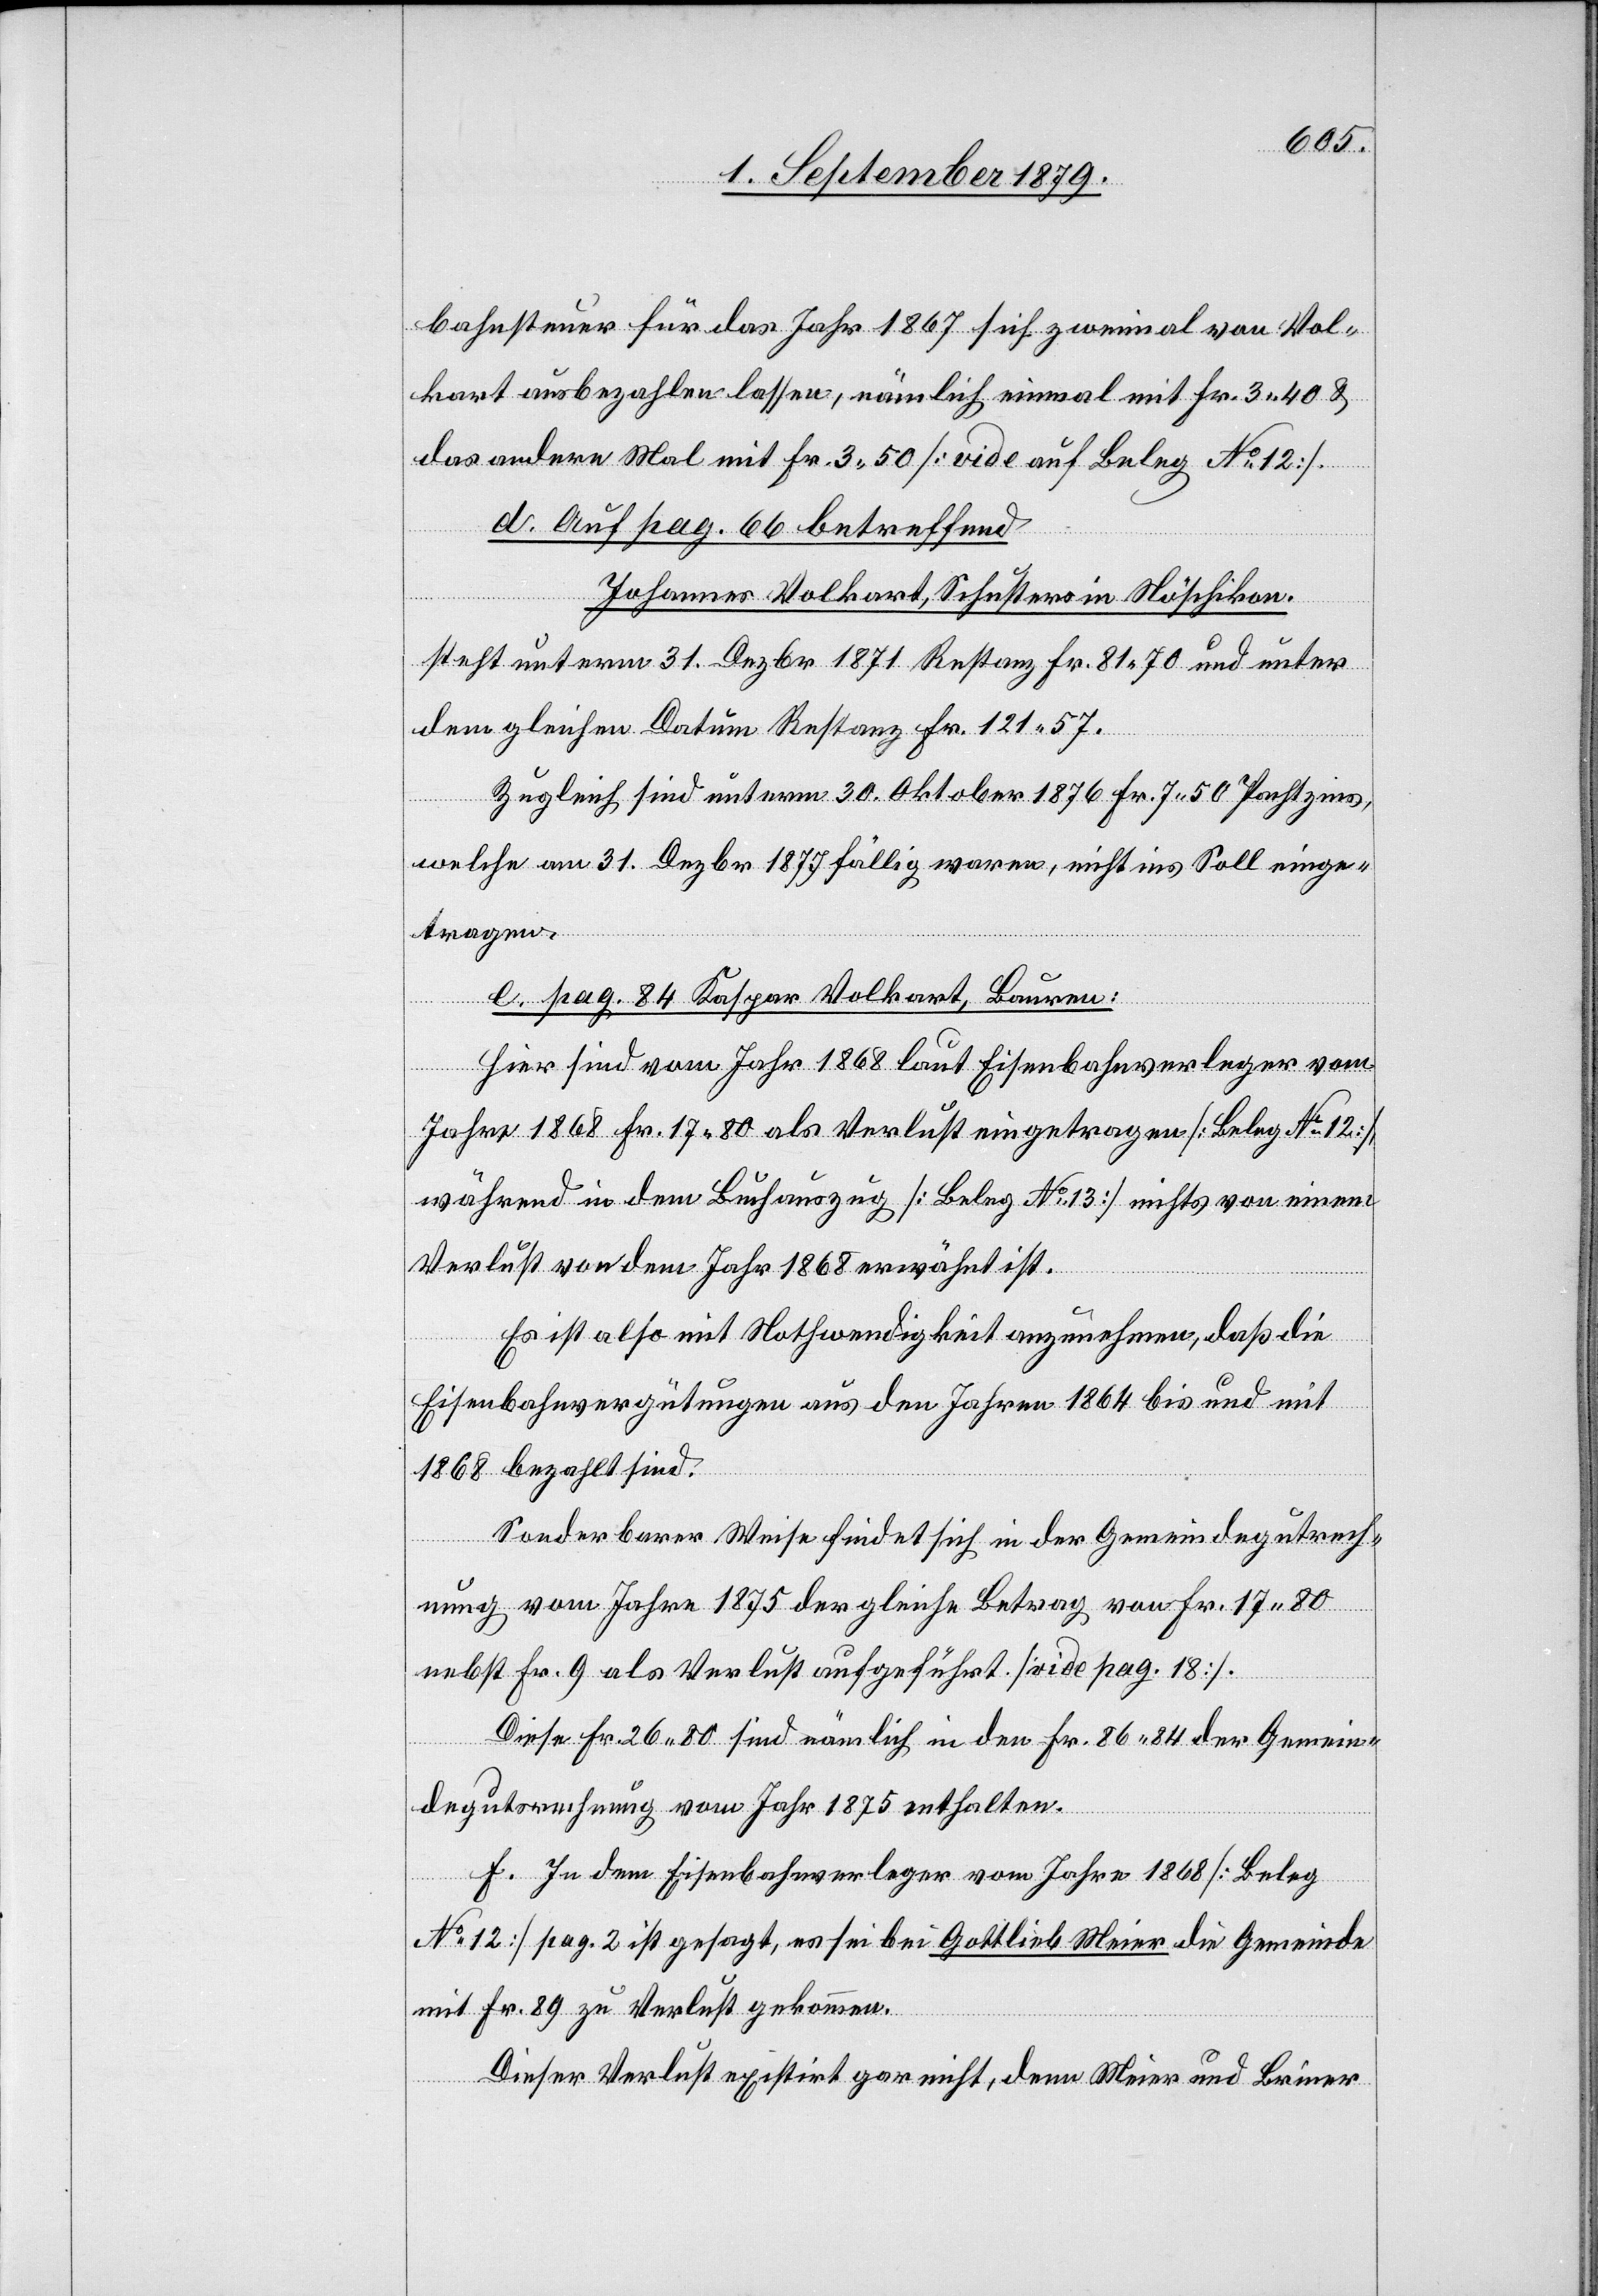
bahnsteuer für das Jahr 1867 sich zweimal von Vol¬
kart ausbezahlen lassen, nämlich einmal mit Fr. 3 40 &
das andere Mal mit Fr. 3 50 [vide auf Beleg No 12].
d. Auf pag. 66 betreffend
Johannes Volkart, Schuster in Nöschikon.
steht unterm 31. Dezbr. 1871 Restanz Fr. 81 70 und unter
dem gleichen Datum Restanz Fr. 121 57.
Zugleich sind unterm 30. Oktober 1876 Fr. 7 50 Pachtzins,
welche am 31. Dezbr. 1877 fällig waren, nicht ins Soll einge¬
tragen.
e. pag. 84 Kaspar Volkart, Bauren:
vom
Jahre 1868 Fr. 17 80 als Verlust eingetragen [Beleg No 12],
während in dem Buchauszug [Beleg No 13] nichts von einem
Verlust von dem Jahr 1868 erwähnt ist.
Es ist also mit Nothwendigkeit anzunehmen, daß die
Eisenbahnvergütungen aus den Jahren 1864 bis und mit
1868 bezahlt sind.
Sonderbarer Weise findet sich in der Gemeindegutrech¬
nung vom Jahre 1875 der gleiche Betrag von Fr. 17 80
nebst Fr. 9 als Verlust aufgeführt [vide pag. 18].
Diese Fr. 26 80 sind nämlich in den Fr. 86 84 der Gemein¬
degutsrechnung vom Jahr 1875 enthalten.
f. In dem Eisenbahnverleger vom Jahre 1868 [Beleg
No 12] pag. 2 ist gesagt, es sei bei Gottlieb Meier die Gemeinde
mit Fr. 89 zu Verlust gekommen.
Dieser Verlust existirt gar nicht, denn Meier und Briner